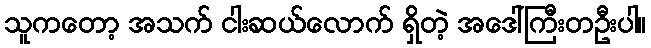
သူကတော့ အသက် ငါးဆယ်လောက် ရှိတဲ့ အဒေါ်ကြီးတဦးပါ။